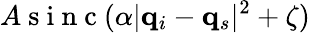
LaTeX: A\mathrm{~s~i~n~c~}(\alpha|\mathbf{q}_{i}-\mathbf{q}_{s}|^{2}+\zeta)